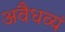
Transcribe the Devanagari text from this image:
अवैधव्यं